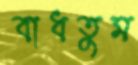
বাধতুম